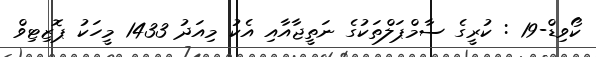
ކޯވިޑް-19 : ކުރީގެ ސާމްޕަލްތަކުގެ ނަތީޖާއާއި އެކު މިއަދު 1433 މީހަކު ޕޮޒިޓިވް